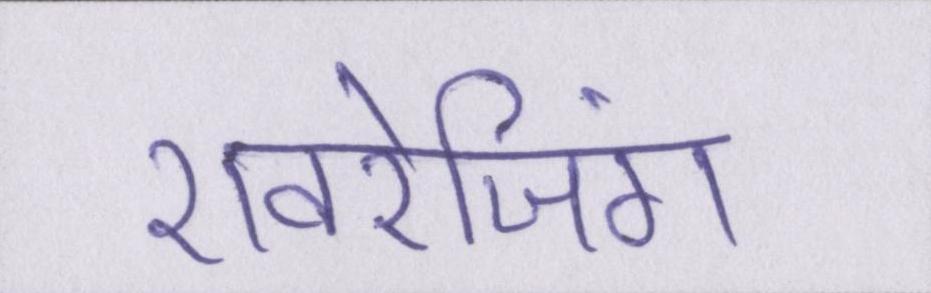
एवरेजिंग